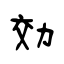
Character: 効